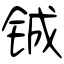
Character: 铖